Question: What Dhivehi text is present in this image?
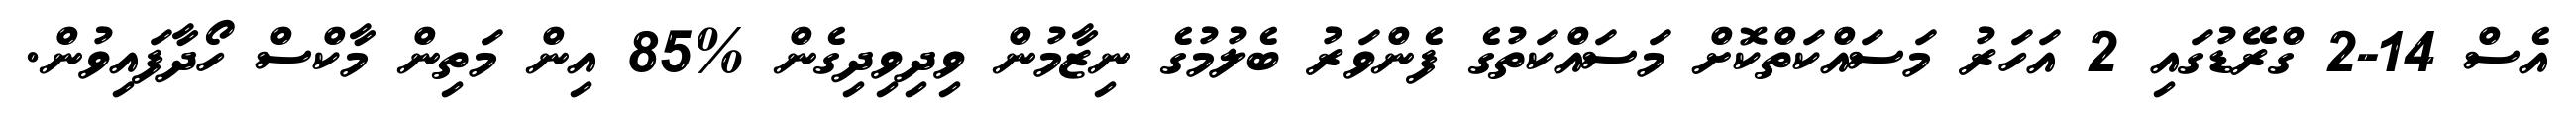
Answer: އެސް 14-2 ގްރޭޑުގައި 2 އަހަރު މަސައްކަތްކޮށް މަސައްކަތުގެ ފެންވަރު ބެލުމުގެ ނިޒާމުން ވިދިވިދިގެން %85 އިން މަތިން މާކްސް ހޯދާފައިވުން.